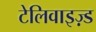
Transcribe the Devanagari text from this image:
टेलिवाइज़्ड